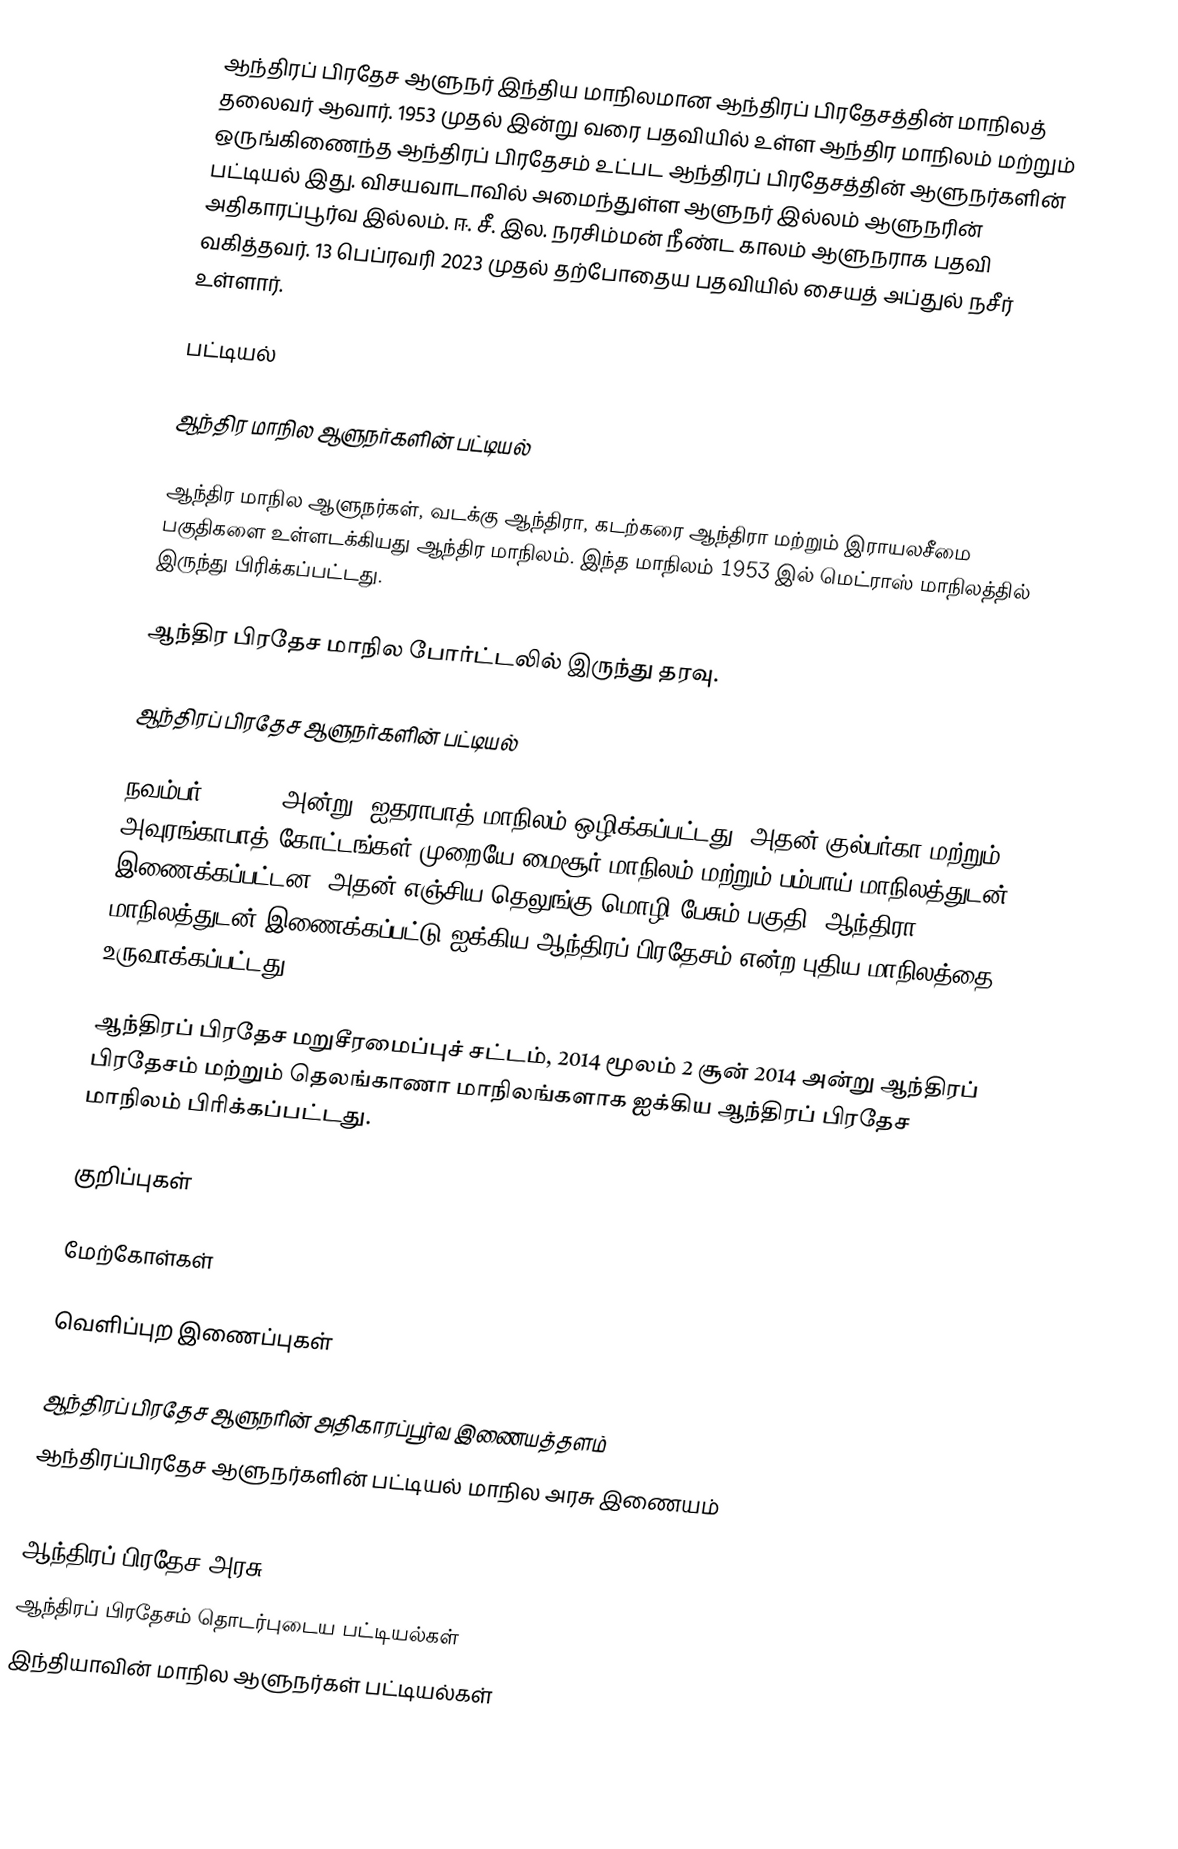
ஆந்திரப் பிரதேச ஆளுநர் இந்திய மாநிலமான ஆந்திரப் பிரதேசத்தின் மாநிலத் தலைவர் ஆவார். 1953 முதல் இன்று வரை பதவியில் உள்ள ஆந்திர மாநிலம் மற்றும் ஒருங்கிணைந்த ஆந்திரப் பிரதேசம் உட்பட ஆந்திரப் பிரதேசத்தின் ஆளுநர்களின் பட்டியல் இது. விசயவாடாவில் அமைந்துள்ள ஆளுநர் இல்லம் ஆளுநரின் அதிகாரப்பூர்வ இல்லம். ஈ. சீ. இல. நரசிம்மன் நீண்ட காலம் ஆளுநராக பதவி வகித்தவர். 13 பெப்ரவரி 2023 முதல் தற்போதைய பதவியில் சையத் அப்துல் நசீர் உள்ளார்.

பட்டியல்

ஆந்திர மாநில ஆளுநர்களின் பட்டியல்

ஆந்திர மாநில ஆளுநர்கள்,  வடக்கு ஆந்திரா, கடற்கரை ஆந்திரா மற்றும் இராயலசீமை பகுதிகளை உள்ளடக்கியது ஆந்திர மாநிலம். இந்த மாநிலம் 1953 இல் மெட்ராஸ் மாநிலத்தில் இருந்து பிரிக்கப்பட்டது.

ஆந்திர பிரதேச மாநில போர்ட்டலில் இருந்து தரவு.

ஆந்திரப் பிரதேச ஆளுநர்களின் பட்டியல்

நவம்பர் 1, 1956 அன்று, ஐதராபாத் மாநிலம் ஒழிக்கப்பட்டது; அதன் குல்பர்கா மற்றும் அவுரங்காபாத் கோட்டங்கள் முறையே மைசூர் மாநிலம் மற்றும் பம்பாய் மாநிலத்துடன் இணைக்கப்பட்டன. அதன் எஞ்சிய தெலுங்கு மொழி பேசும் பகுதி, ஆந்திரா மாநிலத்துடன் இணைக்கப்பட்டு ஐக்கிய ஆந்திரப் பிரதேசம் என்ற புதிய மாநிலத்தை உருவாக்கப்பட்டது.

ஆந்திரப் பிரதேச மறுசீரமைப்புச் சட்டம், 2014 மூலம் 2 சூன் 2014 அன்று ஆந்திரப் பிரதேசம் மற்றும் தெலங்காணா மாநிலங்களாக ஐக்கிய ஆந்திரப் பிரதேச மாநிலம் பிரிக்கப்பட்டது.

குறிப்புகள்

மேற்கோள்கள்

வெளிப்புற இணைப்புகள்

 ஆந்திரப் பிரதேச ஆளுநரின் அதிகாரப்பூர்வ இணையத்தளம்
 ஆந்திரப்பிரதேச ஆளுநர்களின் பட்டியல் மாநில அரசு இணையம்

ஆந்திரப் பிரதேச அரசு
ஆந்திரப் பிரதேசம் தொடர்புடைய பட்டியல்கள்
இந்தியாவின் மாநில ஆளுநர்கள் பட்டியல்கள்